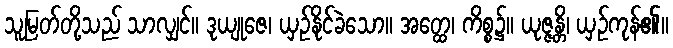
သူမြတ်တို့သည် သာလျှင်။ ဒုယျုဇေ၊ ယှဉ်နိုင်ခဲသော။ အတ္ထေ၊ ကိစ္စ၌။ ယုဇ္ဇန္တိ၊ ယှဉ်ကုန်၏။